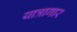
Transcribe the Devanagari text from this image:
यात्रागार